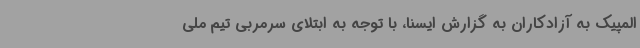
المپیک به آزادکاران به گزارش ایسنا، با توجه به ابتلای سرمربی تیم ملی